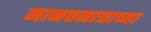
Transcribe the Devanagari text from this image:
मानवमात्राच्या